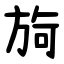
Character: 㫊